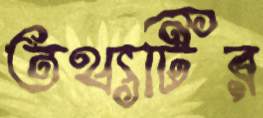
তথ্যটির